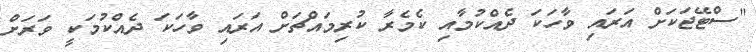
"ސްޓޭޖަކަށް އަރައި ވާހަކަ ދެއްކުމާއި ކެމެރާ ކުރިމައްޗަށް އަރައި ވާހަކަ ދެއްކުމަކީ ވަރަށް